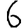
Digit: 6